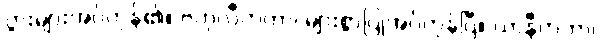
ပွားများအပ်ကုန်၏။ ဗဟုလီကတာ၊ များစွာပြုအပ်ကုန်ပြီ။ ယာနီကတာ၊